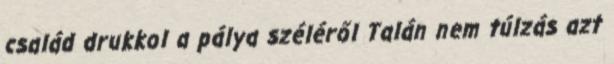
család drukkol a pálya széléről Talán nem túlzás azt